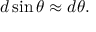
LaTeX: d \sin \theta \approx d \theta .